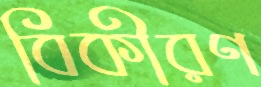
বিকীরণ